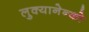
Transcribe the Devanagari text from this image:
लुक्यानेन्को